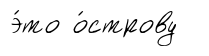
э́то о́строву